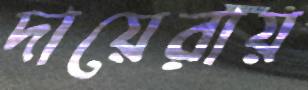
দায়েরায়